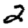
Digit: 2